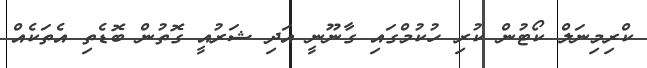
ކްރިމިނަލް ކޯޓުން ކުރި ހުކުމްގައި ގާނޫނީ އަދި ޝަރުއީ ގޮތުން ބޮޑެތި އެތަކެއް